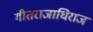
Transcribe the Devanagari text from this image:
गीतराजाधिराज